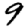
Digit: 9